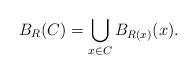
LaTeX: \begin{align*}B_R(C) = \bigcup_{x\in C}B_{R(x)}(x).\end{align*}